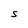
Character: S